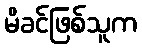
မိခင်ဖြစ်သူက